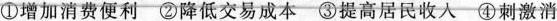
①增加消费便利-②降低交易成本-③提高居民收入-④刺激消